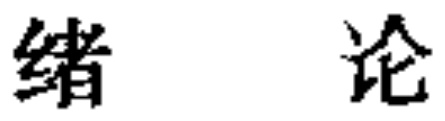
绪论